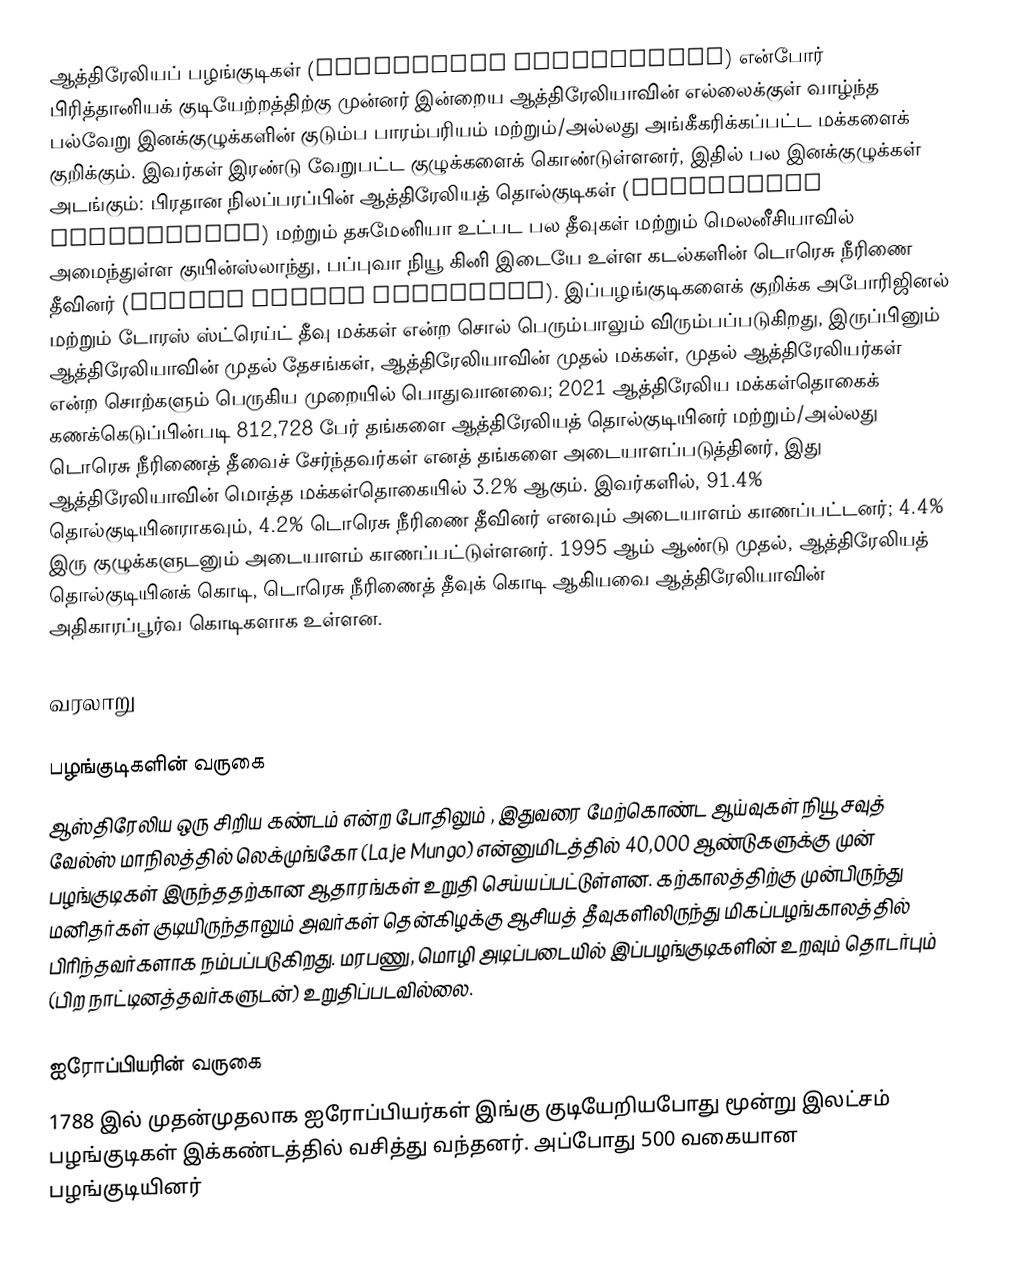
ஆத்திரேலியப் பழங்குடிகள் (Indigenous Australians) என்போர் பிரித்தானியக் குடியேற்றத்திற்கு முன்னர் இன்றைய ஆத்திரேலியாவின் எல்லைக்குள் வாழ்ந்த பல்வேறு இனக்குழுக்களின் குடும்ப பாரம்பரியம் மற்றும்/அல்லது அங்கீகரிக்கப்பட்ட மக்களைக் குறிக்கும். இவர்கள் இரண்டு வேறுபட்ட குழுக்களைக் கொண்டுள்ளனர், இதில் பல இனக்குழுக்கள் அடங்கும்: பிரதான நிலப்பரப்பின் ஆத்திரேலியத் தொல்குடிகள் (Aboriginal Australians) மற்றும் தசுமேனியா உட்பட பல தீவுகள் மற்றும் மெலனீசியாவில் அமைந்துள்ள குயின்ஸ்லாந்து, பப்புவா நியூ கினி இடையே உள்ள கடல்களின் டொரெசு நீரிணை தீவினர் (Torres Strait Islanders). இப்பழங்குடிகளைக் குறிக்க அபோரிஜினல் மற்றும் டோரஸ் ஸ்ட்ரெய்ட் தீவு மக்கள் என்ற சொல் பெரும்பாலும் விரும்பப்படுகிறது, இருப்பினும் ஆத்திரேலியாவின் முதல் தேசங்கள், ஆத்திரேலியாவின் முதல் மக்கள், முதல் ஆத்திரேலியர்கள் என்ற சொற்களும் பெருகிய முறையில் பொதுவானவை; 2021 ஆத்திரேலிய மக்கள்தொகைக் கணக்கெடுப்பின்படி 812,728 பேர் தங்களை ஆத்திரேலியத் தொல்குடியினர் மற்றும்/அல்லது டொரெசு நீரிணைத் தீவைச் சேர்ந்தவர்கள் எனத் தங்களை அடையாளப்படுத்தினர், இது ஆத்திரேலியாவின் மொத்த மக்கள்தொகையில் 3.2% ஆகும். இவர்களில், 91.4% தொல்குடியினராகவும், 4.2% டொரெசு நீரிணை தீவினர் எனவும் அடையாளம் காணப்பட்டனர்; 4.4% இரு குழுக்களுடனும் அடையாளம் காணப்பட்டுள்ளனர். 1995 ஆம் ஆண்டு முதல், ஆத்திரேலியத் தொல்குடியினக் கொடி, டொரெசு நீரிணைத் தீவுக் கொடி ஆகியவை ஆத்திரேலியாவின் அதிகாரப்பூர்வ கொடிகளாக உள்ளன.

வரலாறு

பழங்குடிகளின் வருகை
ஆஸ்திரேலிய ஒரு சிறிய கண்டம் என்ற போதிலும் , இதுவரை மேற்கொண்ட ஆய்வுகள் நியூ சவுத் வேல்ஸ் மாநிலத்தில் லெக்முங்கோ (Laje Mungo) என்னுமிடத்தில் 40,000 ஆண்டுகளுக்கு முன் பழங்குடிகள் இருந்ததற்கான ஆதாரங்கள் உறுதி செய்யப்பட்டுள்ளன. கற்காலத்திற்கு முன்பிருந்து மனிதர்கள் குடியிருந்தாலும் அவர்கள் தென்கிழக்கு ஆசியத் தீவுகளிலிருந்து மிகப்பழங்காலத்தில் பிரிந்தவர்களாக நம்பப்படுகிறது. மரபணு, மொழி அடிப்படையில் இப்பழங்குடிகளின் உறவும் தொடர்பும் (பிற நாட்டினத்தவர்களுடன்) உறுதிப்படவில்லை.

ஐரோப்பியரின் வருகை
1788 இல் முதன்முதலாக ஐரோப்பியர்கள் இங்கு குடியேறியபோது மூன்று இலட்சம் பழங்குடிகள் இக்கண்டத்தில் வசித்து வந்தனர். அப்போது 500 வகையான பழங்குடியினர்